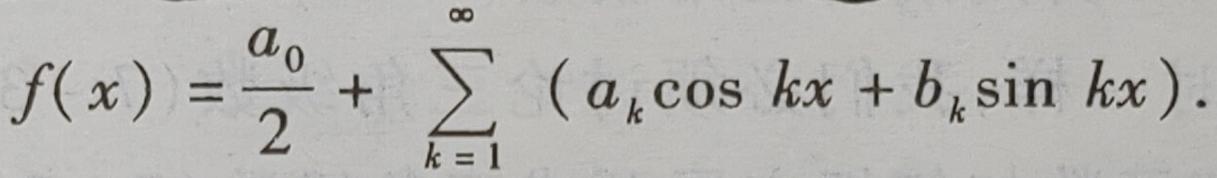
\[f(x)=\frac{a_0}{2}+\sum_{k = 1}^{\infty}(a_k\cos kx + b_k\sin kx).\]